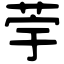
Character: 荢